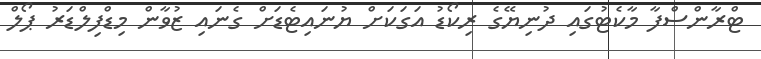
ޓްރާންސްފާ މާކެޓުގައި ދުނިޔޭގެ ރިކޯޑު އަގަކަށް ޔުނައިޓެޑަށް ގެނައި ޒުވާން މިޑްފިލްޑަރު ޕޯލް